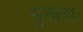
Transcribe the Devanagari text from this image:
मुख्त्यः